Vaccination in Bombay 1856-1862 - 1856-1862
Year: 1856
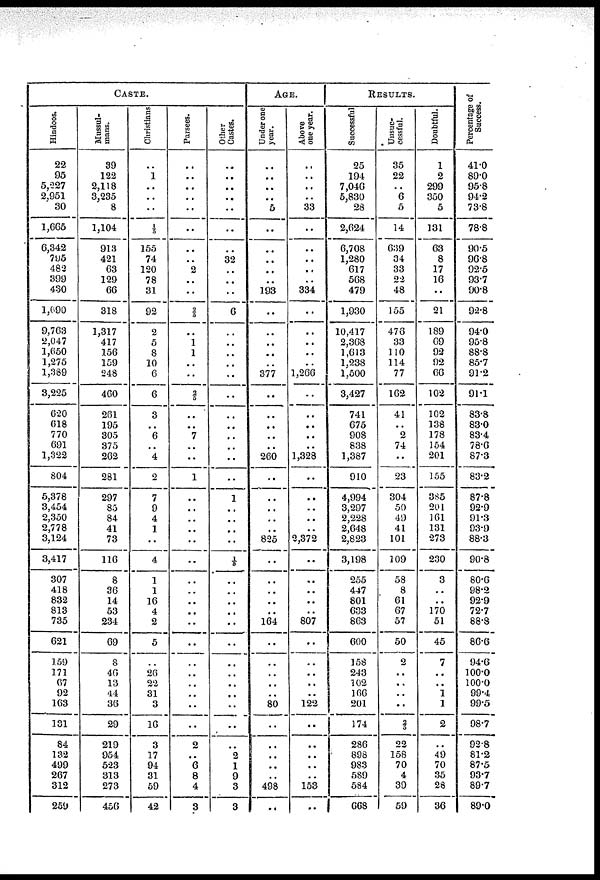
CASTE.
Hindoos.
22
95
5,227
2,951
30
1,665
6,342
795
482
399
430
1,690
9,763
2,047
1,650
1,275
1,389
3,225
620
618
770
691
1,322
804
5,378
3,454
2,350
2,778
3,124
3,417
307
418
832
813
735
621
159
171
67
92
163
131
84
132
499
267
312
259
Mussul-
mans.
39
122
2,118
3,235
8
1,104
913
421
63
129
66
318
1,317
417
156
159
248
460
261
195
305
375
262
281
297
85
84
41
73
116
8
36
14
53
234
69
8
40
13
44
36
29
219
954
523
313
273
456
Christians
..
1
..
..
..
1/5
155
74
120
78
31
92
2
5
8
10
6
6
3
..
6
..
4
2
7
9
4
1
..
4
1
1
16
4
2
5
..
26
22
31
3
16
3
17
94
31
59
42
Parsees.
..
..
..
..
..
..
..
..
2
..
..
2/5
..
1
1
..
..
..
..
..
7
..
..
1
..
..
..
..
..
..
..
..
..
..
..
..
..
..
..
..
..
..
2
..
6
8
4
3
Other
Castes.
..
..
..
..
..
..
..
32
..
..
..
6
..
..
..
..
..
..
..
..
..
..
..
..
1
..
..
..
..
1/5
..
..
..
..
..
..
..
..
..
..
..
..
..
2
1
9
3
3
AGE.
Under one
year.
..
..
..
..
5
..
..
..
..
..
193
..
..
..
..
..
377
..
..
..
..
..
260
..
..
..
..
..
825
..
..
..
..
..
164
..
..
..
..
..
80
..
..
..
..
..
498
..
Above
one year.
..
..
..
.. 33
..
..
..
..
..
334
..
..
..
..
..
1,266
..
..
..
..
..
1,328
..
..
..
..
2,372
..
..
..
..
..
807
..
..
..
..
..
122
..
..
..
..
..
153
..
RESULTS.
Successful
25
194
7,046
5,830
28
2,624
6,708
1,280
617
568
479
1,930
10,417
2,368
1,613
1,238
1,500
3,427
741
675
908
838
1,387
910
4,994
3,297
2,228
2,648
2,823
3,198
255
447
801
633
863
600
158
243
102
166
201
174
286
898
983
589
584
668
Unsuc-
cessful.
35
22
..
6
5
14
639
34
33
22
48
155
476
33
110
114
77
162
41
..
2
74
..
23
304
50
49
41
101
109
58
8
61
67
57
50
2
..
..
..
..
2/5
22
158
70
4
39
59
Doubtful.
1
2
299
350
5
131
63
8
17
16
..
21
189
69
92
92
66
102
102
138
178
154
201
155
385
201
161
131
273
230
3
..
..
170
51
45
7
..
..
1
1
2
..
49
70
35
28
36
Percentage of
Success.
41.0
89.0
95.8
94.2
73.8
78.8
90.5
96.8
92 5
93.7
90.8
92.8
94.0
95.8
88.8
85.7
91.2
91.1
83.8
83.0
83.4
78.6
87.3
83.2
87.8
92.9
91.3
93.9
88.3
90.8
80.6
98.2
92.9
72.7
88.8
86.6
94.6
100.0
100.0
99.4
99.5
98.7
92.8
81.2
87.5
93.7
89.7
89.0